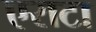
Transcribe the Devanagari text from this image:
एराटा